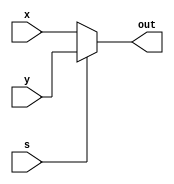
module mux2to1 (
    input x,y,s, //1 0
    output reg out
);
always @(*) begin
    if(!s)
    begin
     out= x;
    end
else begin
    out= y;
    end
end

endmodule